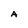
Character: A